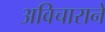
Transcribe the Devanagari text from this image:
अविचाराने